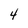
Character: 4